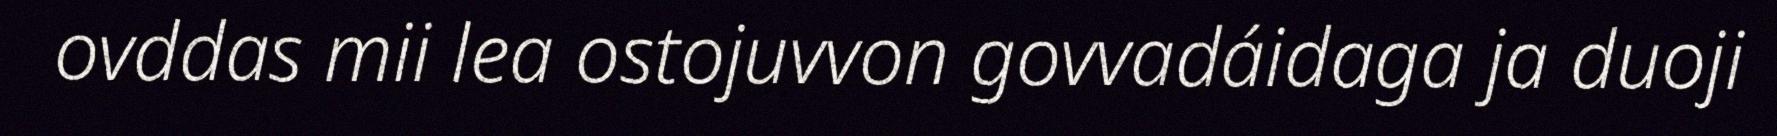
ovddas mii lea ostojuvvon govvadáidaga ja duoji